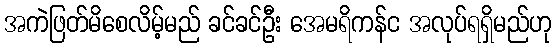
အကဲဖြတ်မိစေလိမ့်မည် ခင်ခင်ဦး အေမရိကန်င အလုပ်ရရှိမည်ဟု